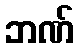
ဘဏ်